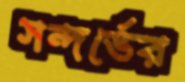
সন্দর্ভের